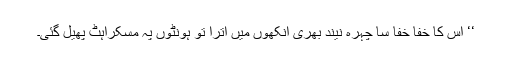
‘‘ اس کا خفا خفا سا چہرہ نیند بھری آنکھوں میں اترا تو ہونٹوں پہ مسکراہٹ پھیل گئی۔